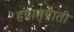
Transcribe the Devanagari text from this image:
हयातयाती